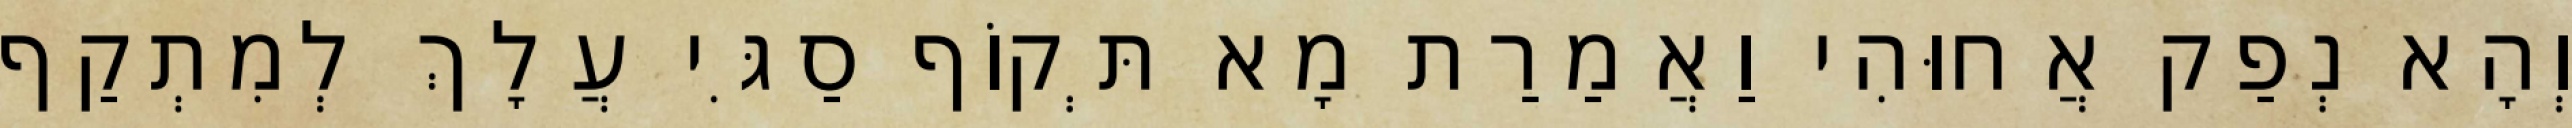
וְהָא נְפַק אֲחוּהִי וַאֲמַרַת מָא תְּקוֹף סַגִּי עֲלָךְ לְמִתְקַף